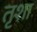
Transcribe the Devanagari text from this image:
तृशा